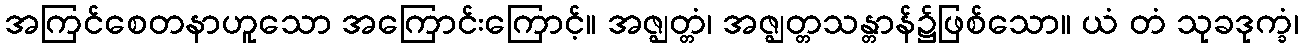
အကြင်စေတနာဟူသော အကြောင်းကြောင့်။ အဇ္ဈတ္တံ၊ အဇ္ဈတ္တသန္တာန်၌ဖြစ်သော။ ယံ တံ သုခဒုက္ခံ၊